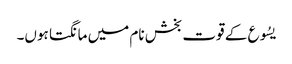
یسُوع کے قوت بخش نام میں مانگتا ہوں۔